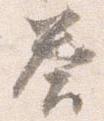
答